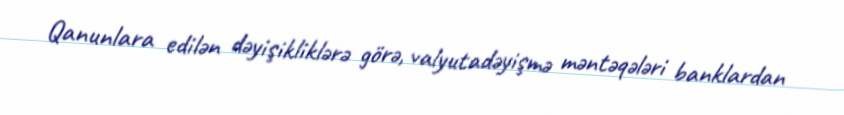
Qanunlara edilən dəyişikliklərə görə, valyutadəyişmə məntəqələri banklardan